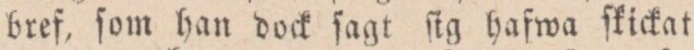
bref, ſom han dock ſagt ſig hafwa fkickat